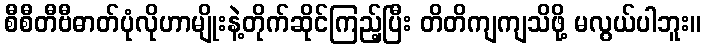
စီစီတီဗီဓာတ်ပုံလိုဟာမျိုးနဲ့တိုက်ဆိုင်ကြည့်ပြီး တိတိကျကျသိဖို့ မလွယ်ပါဘူး။